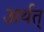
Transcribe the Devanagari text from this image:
अर्थत्